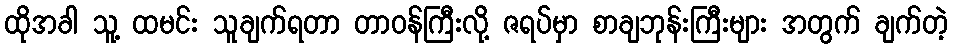
ထိုအခါ သူ့ ထမင်း သူချက်ရတာ တာဝန်ကြီးလို့ ဇရပ်မှာ စာချဘုန်းကြီးများ အတွက် ချက်တဲ့